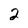
Character: 2